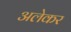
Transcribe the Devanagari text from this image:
अलेकर